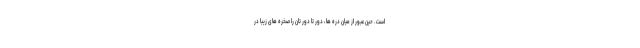
است . حین عبور از میان دره ها ، دور تا دور تان را صخره های زیبا در